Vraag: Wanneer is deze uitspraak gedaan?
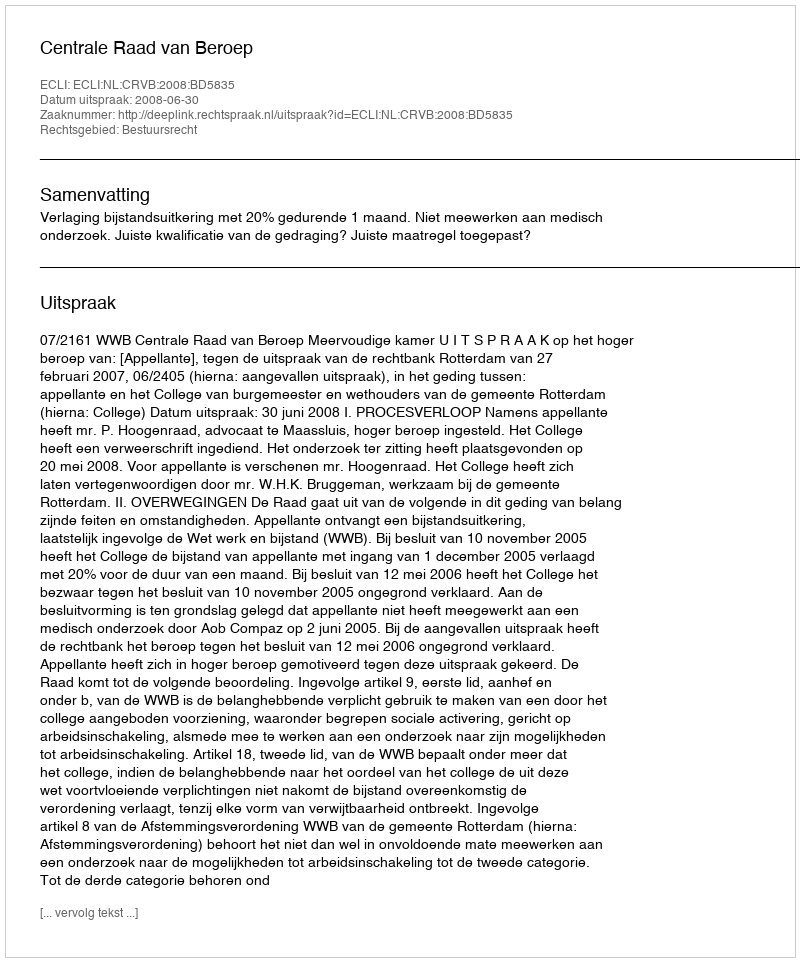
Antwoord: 2008-06-30